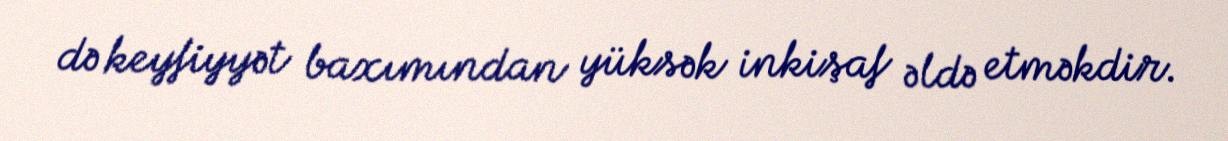
də keyfiyyət baxımından yüksək inkişaf əldə etməkdir.